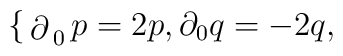
\begin{cases}\partial_0p=2p,\\\partial_0q=-2q,\end{cases}